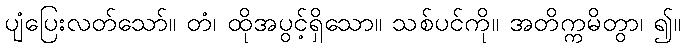
ပျံပြေးလတ်သော်။ တံ၊ ထိုအပွင့်ရှိသော။ သစ်ပင်ကို။ အတိက္ကမိတွာ၊ ၍။